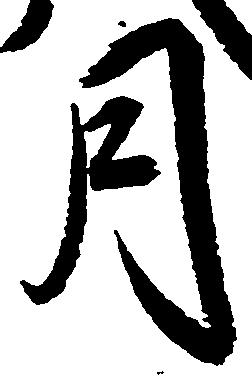
月